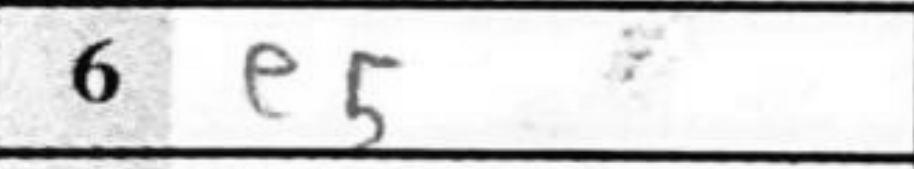
Transcription: e5